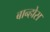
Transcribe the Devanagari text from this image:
बान्होस